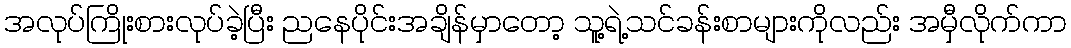
အလုပ်ကြိုးစားလုပ်ခဲ့ပြီး ညနေပိုင်းအချိန်မှာတော့ သူ့ရဲ့သင်ခန်းစာများကိုလည်း အမှီလိုက်ကာ